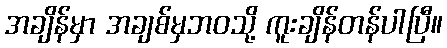
အချိန်မှာ အချစ်မှဘဝသို့ ကူးချိန်တန်ပါပြီ။